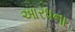
આરધના